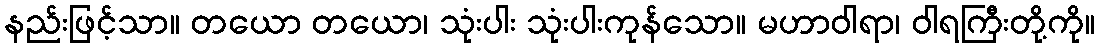
နည်းဖြင့်သာ။ တယော တယော၊ သုံးပါး သုံးပါးကုန်သော။ မဟာဝါရာ၊ ဝါရကြီးတို့ကို။